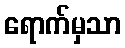
ရောက်မှသာ